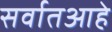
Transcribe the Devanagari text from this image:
सर्वातआहे